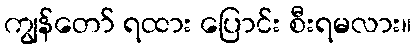
ကျွန်တော် ရထား ပြောင်း စီးရမလား။